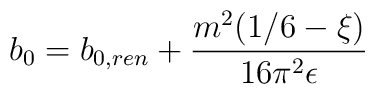
b_0=b_{0,ren}+{m^2 (1/6-\xi) \over 16\pi ^2 \epsilon}